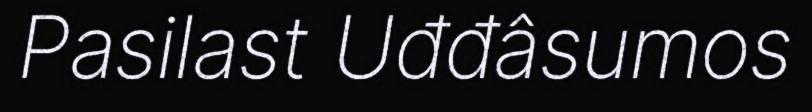
Pasilast Uđđâsumos